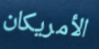
الأمريكان